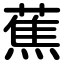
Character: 蕉